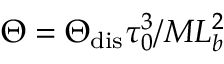
\Theta = \Theta _ { \mathrm { d i s } } \tau _ { 0 } ^ { 3 } / M L _ { b } ^ { 2 }